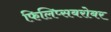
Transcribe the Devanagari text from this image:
फिलिप्सबरोबर